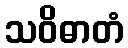
သဝိဓာတံ